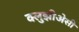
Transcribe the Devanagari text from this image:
क्लुझीअेसी